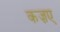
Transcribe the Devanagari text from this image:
कज़ए